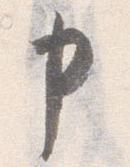
申